Vaccination in Bombay 1869-1873 - 1869-1873
Year: 1869
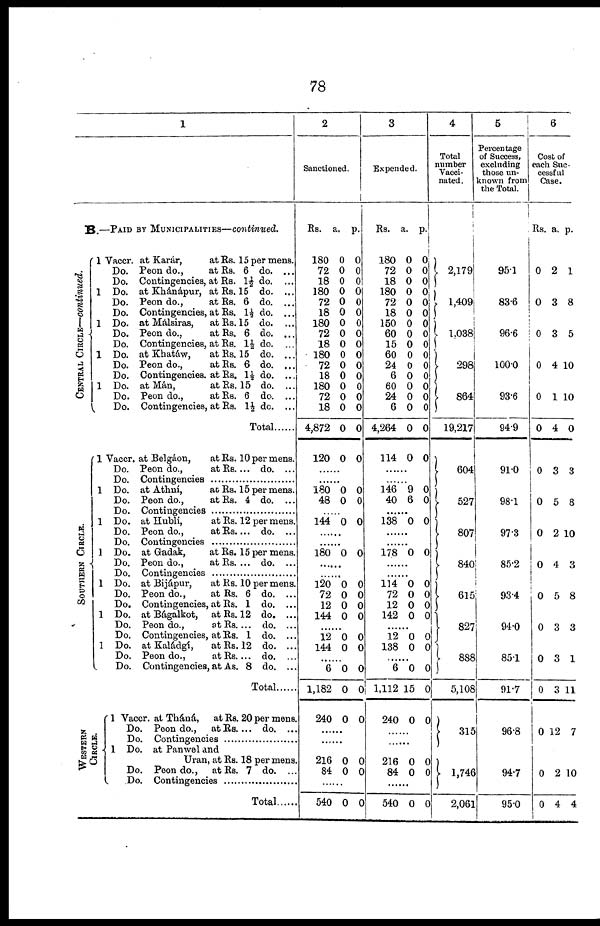
78
1
B.—PAID BY MUNICIPALITIES—continued.
CENTRAL CIRCLE—continued.
SOUTHERN CIRCLE.
1
1
1
1
1
Vaccr. at Karár,
at Rs. 15 per mens.
Do. Peon do.,
at Rs. 6 do. ...
Do. Contingencies, at Rs. 1½ do.
Do. at Khánápur, at Rs. 15 do.
Do. Peon do.,
at Rs. 6 do. ...
Do. Contingencies, at Rs. 1½ do. ...
Do. at Malsiras,
at Rs. 15 do. ...
Do. Peon do.,
at Rs. 6 do. ...
Do. Contingencies, at Rs. 1½ do.
Do. at Khatáw,
at Rs. 15 do. ...
Do. Peon do.,
at Rs. 6 do. ...
Do. Contingencies, at Rs. 1½ do. ...
Do. at Mán,
at Rs. 15 do. ...
Do. Peon do.,
at Rs. 6 do. ...
Do. Contingencies, at Rs. 1½ do. ...
Total......
1
1
1
1
1
1
1
Vaccr. at Belgáon,
at Rs. 10 per mens.
Do. Peon do.,
at Rs. ... do. ...
Do. Contingencies ............
Do. at Athní,
at Rs. 15 per mens.
Do. Peon do.,
at Rs. 4 do. ...
Do. Contingencies ............
Do. at Hubli,
at Rs. 12 per mens.
Do. Peon do.,
at Rs. ... do. ...
Do. Contingencies ......................
Do. at Gadak,
at Rs. 15 per mens.
Do. Peon do.,
at Rs. ... do. ...
Do. Contingencies ...............
Do. at Bijápur,
at Rs. 10 per mens.
Do. Peon do.,
at Rs. 6 do. ...
Do. Contingencies, at Rs. 1 do. ...
Do. at Bágalkot, at Rs. 12 do. ...
Do. Peon do.,
at Rs. ... do. ...
Do. Contingencies, at Rs. 1 do. ...
Do. at Kaládgí,
at Rs. 12 do. ..
Do. Peon do.,
at Rs. ... do. ...
Do. Contingencies, at As. 8 do. ...
Total ......
WESTERN
CIRCLE.
1
1
Vaccr. at Tháná, at Rs. 20 per mens
Do. Peon do., at Rs. ... do. ...
Do. Contingencies ...................
Do. at Panwel and
Uran, at Rs. 18 per mens.
Do. Peon do., at Rs. 7 do. ...
Do. Contingencies .....................
Total .........
2
Sanctioned.
Rs.
180
72
18
180
72
18
180
72
18
180
72
18
180
72
18
4,872
120
a.
0
0
0
0
0
0
0
0
0
0
0
0
0
0
0
0
0
p.
0
0
0
0
0
0
0
0
0
0
0
0
0
0
0
0
0
......
......
180
48
0
0
0
0
......
144 0 0
......
180 0 0
......
......
120
72
12
144
0
0
0
0
0
0
0
0
......
12
144
0
0
0
0
......
6
1,182
240
0
0
0
0
0
0
......
......
216
84
0
0
0
0
......
540 0 0
3
Expended.
Rs.
180
72
18
180
72
18
150
60
15
60
24
6
60
24
6
4,264
114
a.
0
0
0
0
0
0
0
0
0
0
0
0
0
0
0
0
0
P.
0
0
0
0 0
0
0
0
0
0
0
0
0
0
0
0
0
......
......
146
40
9
6
0
0
......
138 0 0
......
......
178 0 0
......
......
114
72
12
142
0
0
0
0
0
0
0
0
......
12
138
0
0
0
0
......
6
1,112
240
0
15
0
0
0
0
......
......
216
84
0
0
0
0
......
540 0 0
4
Total
number
Vacci-
nated.
2,179
1,409
1,038
298
864
19,217
604
527
807
840
615
827
888
5,108
315
1,746
2,061
5
Percentage
of Success,
excluding
those un-
known from
the Total.
95.1
83.6
96.6
100.0
93.6
94.9
91.0
98.1
97.3
85.2
93.4
94.0
85.1
91.7
96.8
94.7
95.0
6
Cost of
each Suc-
cessful
Case.
Rs.
0
0
0
0
0
0
0
0
0
0
0
0
0
0
0
0
0
a.
2
3
3
4
1
4
3
5
2
4
5
3
3
3
12
2
4
p.
1
8
5
10
10
0
3
8
10
3
8
3
1
11
7
10
4